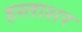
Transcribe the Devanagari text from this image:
हस्ताशर